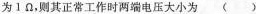
为1Ω，则其正常工作时两端电压大小为 ( )